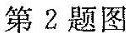
第2题图